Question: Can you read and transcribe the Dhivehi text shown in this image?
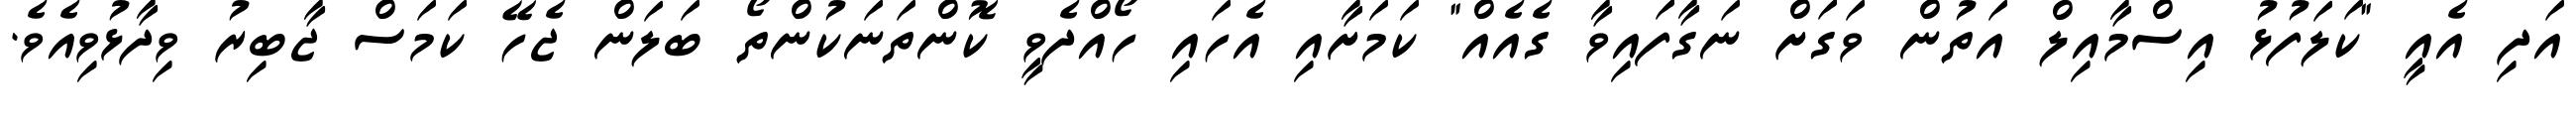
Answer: އަދި އެއީ "ކަލަފުޅު އިސްމާއިލް އަތުން ވަގަށް ނަގާފައިވާ ގެއެއް" ކަމަށާއި އެހައި ހޯއްދެވީ ކޮންތަނަކުންތޯ ބަލަން ޖެހޭ ކަމަސް ޖާބިރު ވިދާޅުވިއެވެ.